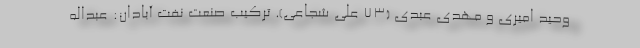
وحید امیری و مهدی عبدی (٧٣ علی شجاعی). ترکیب صنعت نفت آبادان: عبداله